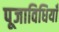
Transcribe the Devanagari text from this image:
पूजाविधियाँ